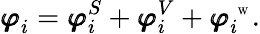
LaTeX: {\pmb\varphi}_{i}={\pmb\varphi}_{i}^{S}+{\pmb\varphi}_{i}^{V}+{\pmb\varphi}_{i}^{\mathrm{~\tiny~W~}}.